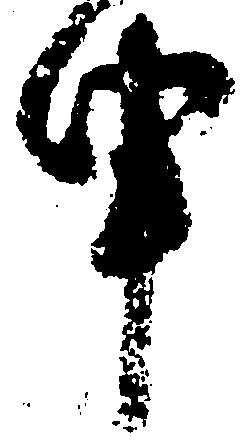
申